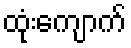
ထုံးကျောက်